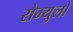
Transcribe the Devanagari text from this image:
रोम्युलो